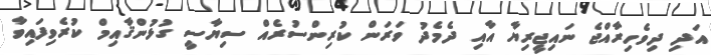
އަދި ދިވެހިރާއްޖެ ނައިޖީރިޔާ އާއި ދެމެދު ވަރަން ކުރިންސުރެއް ސިޔާސީ ގުޅުންޤާއިމް ކުރެވިފައިވާ